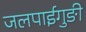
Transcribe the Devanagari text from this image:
जलपाईगुङी